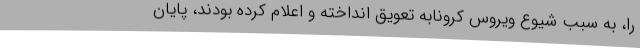
را، به سبب شیوع ویروس کرونابه تعویق انداخته و اعلام کرده بودند، پایان